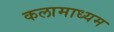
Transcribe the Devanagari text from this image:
कलामाध्यम